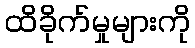
ထိခိုက်မှုများကို